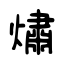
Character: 熽